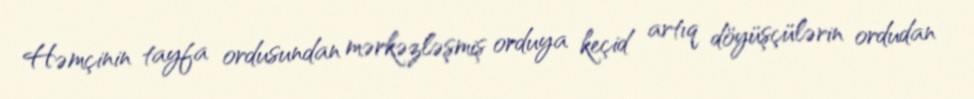
Həmçinin tayfa ordusundan mərkəzləşmiş orduya keçid artıq döyüşçülərin ordudan